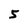
Character: 5